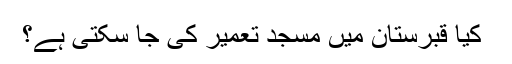
﻿ کیا قبرستان میں مسجد تعمیر کی جا سکتی ہے؟